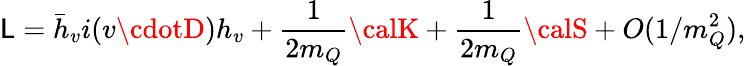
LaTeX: {\cal\mathsf{L}}=\bar{{h}}_{v}i(v\cdotD)h_{v}+\frac{{1}}{{2m_{Q}}}{\calK}+\frac{{1}}{{2m_{Q}}}{\calS}+O(1/m_{Q}^{2}),